Report of the Indian Hemp Drugs Commission, 1894-1895 - Volume II
Year: 1894
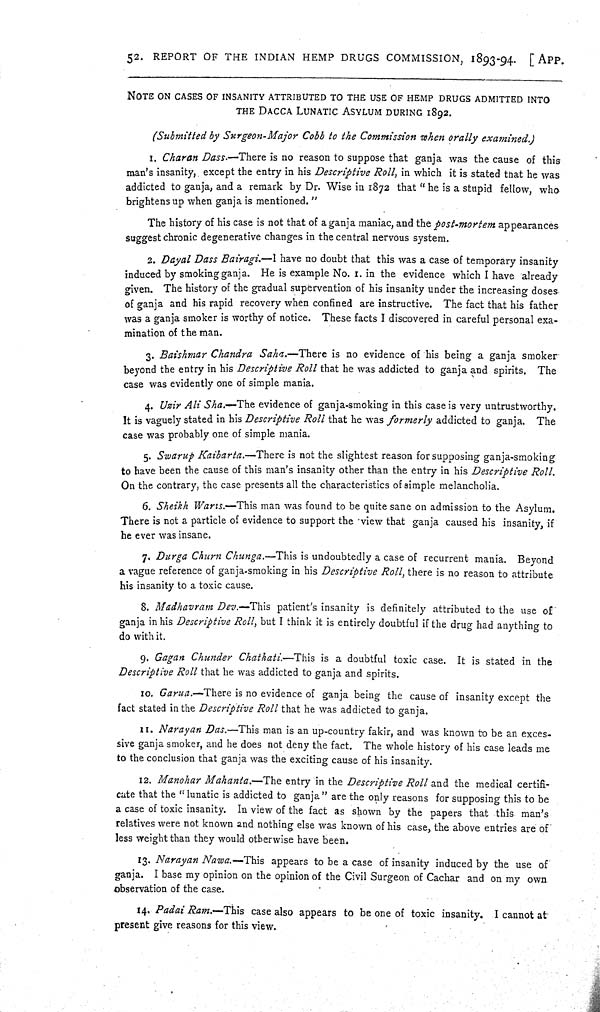
52. REPORT OF THE INDIAN HEMP DRUGS COMMISSION, 1893-94. [APP.
NOTE ON CASES OF INSANITY ATTRIBUTED TO THE USE OF HEMP DRUGS ADMITTED INTO
THE DACCA LUNATIC ASYLUM DURING 1892.
(Submitted by Surgeon-Major Cobb to the Commission when orally examined.)
1. Charan Dass.—There is no reason to suppose that ganja was the cause of this
man's insanity, except the entry in his Descriptive Roll, in which it is stated that he was
addicted to ganja, and a remark by Dr. Wise in 1872 that "he is a stupid fellow, who
brightens up when ganja is mentioned."
The history of his case is not that of a ganja maniac, and the post-mortem appearances
suggest chronic degenerative changes in the central nervous system.
2. Dayal Dass Bairagi.—I have no doubt that this was a case of temporary insanity
induced by smoking ganja. He is example No. 1. in the evidence which I have already
given. The history of the gradual supervention of his insanity under the increasing doses
of ganja and his rapid recovery when confined are instructive. The fact that his father
was a ganja smoker is worthy of notice. These facts I discovered in careful personal exa-
mination of the man.
3. Baishmar Chandra Saha.—There is no evidence of his being a ganja smoker
beyond the entry in his Descriptive Roll that he was addicted to ganja and spirits. The
case was evidently one of simple mania.
4. Uzir Ali Sha.—The evidence of ganja-smoking in this case is very untrustworthy.
It is vaguely stated in his Descriptive Roll that he was formerly addicted to ganja. The
case was probably one of simple mania.
5. Swarup Kaibarta.—There is not the slightest reason for supposing ganja-smoking
to have been the cause of this man's insanity other than the entry in his Descriptive Roll.
On the contrary, the case presents all the characteristics of simple melancholia.
6. Sheikh Waris.—This man was found to be quite sane on admission to the Asylum.
There is not a particle of evidence to support the view that ganja caused his insanity, if
he ever was insane.
7. Durga Churn Chunga.—This is undoubtedly a case of recurrent mania. Beyond
a vague reference of ganja-smoking in his Descriptive Roll, there is no reason to attribute
his insanity to a toxic cause.
8. Madhavram Dev.—This patient's insanity is definitely attributed to the use of
ganja in his Descriptive Roll, but I think it is entirely doubtful if the drug had anything to
do with it.
9. Gagan Chunder Chathati.—This is a doubtful toxic case. It is stated in the
Descriptive Roll that he was addicted to ganja and spirits.
10. Garua.—There is no evidence of ganja being the cause of insanity except the
fact stated in the Descriptive Roll that he was addicted to ganja.
11. Narayan Das.—This man is an up-country fakir, and was known to be an exces-
sive ganja smoker, and he does not deny the fact. The whole history of his case leads me
to the conclusion that ganja was the exciting cause of his insanity.
12. Manohar Mahanta.—The entry in the Descriptive Roll and the medical certifi-
cate that the "lunatic is addicted to ganja" are the only reasons for supposing this to be
a case of toxic insanity. In view of the fact as shown by the papers that this man's
relatives were not known and nothing else was known of his case, the above entries are of
less weight than they would otherwise have been.
13. Narayan Nawa.—This appears to be a case of insanity induced by the use of
ganja. I base my opinion on the opinion of the Civil Surgeon of Cachar and on my own
observation of the case.
14. Padai Ram.—This case also appears to be one of toxic insanity. I cannot at
present give reasons for this view.